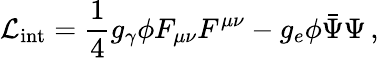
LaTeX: {\cal L}_{\mathrm{int}}=\frac 14g_{\gamma}\phi F_{\mu\nu}F^{\mu\nu}-g_{e}\phi\bar{\Psi}\Psi\, ,